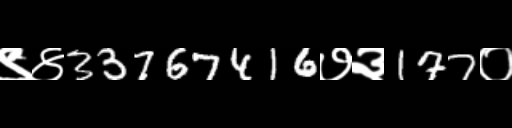
Text: ९४33767416७३177०